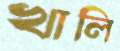
খালি